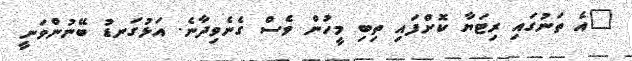
"އެ ތަނުގައި ރިޓަޔާ ކޮށްފައި ތިބި މީހުން ވެސް ގެނެވިދާނެ. އަޅުގަނޑު ބޭނުންވަނީ